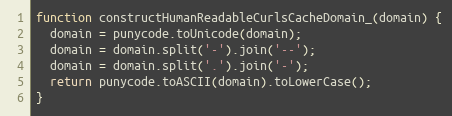
Language: JavaScript
function constructHumanReadableCurlsCacheDomain_(domain) {
  domain = punycode.toUnicode(domain);
  domain = domain.split('-').join('--');
  domain = domain.split('.').join('-');
  return punycode.toASCII(domain).toLowerCase();
}